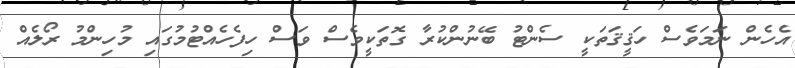
އެހެން ނަމަވެސް ހަޤީޤަތަކީ ސެންޓު ބޭނުންކުރާ ގޮތަކީވެސް ވަސް ހިފެހެއްޓުމުގައި މުހިންމު ރޯލެއް